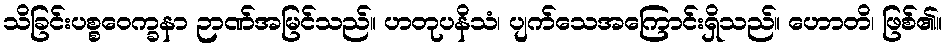
သိခြင်းပစ္စဝေက္ခနာ ဉာဏ်အမြင်သည်။ ဟတုပနိသံ၊ ပျက်သေအကြောင်းရှိသည်။ ဟောတိ၊ ဖြစ်၏။